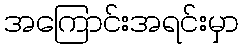
အကြောင်းအရင်းမှာ